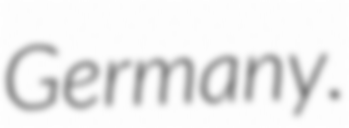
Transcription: Germany.